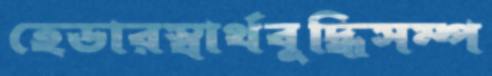
হেডারস্বার্থবুদ্ধিসম্প